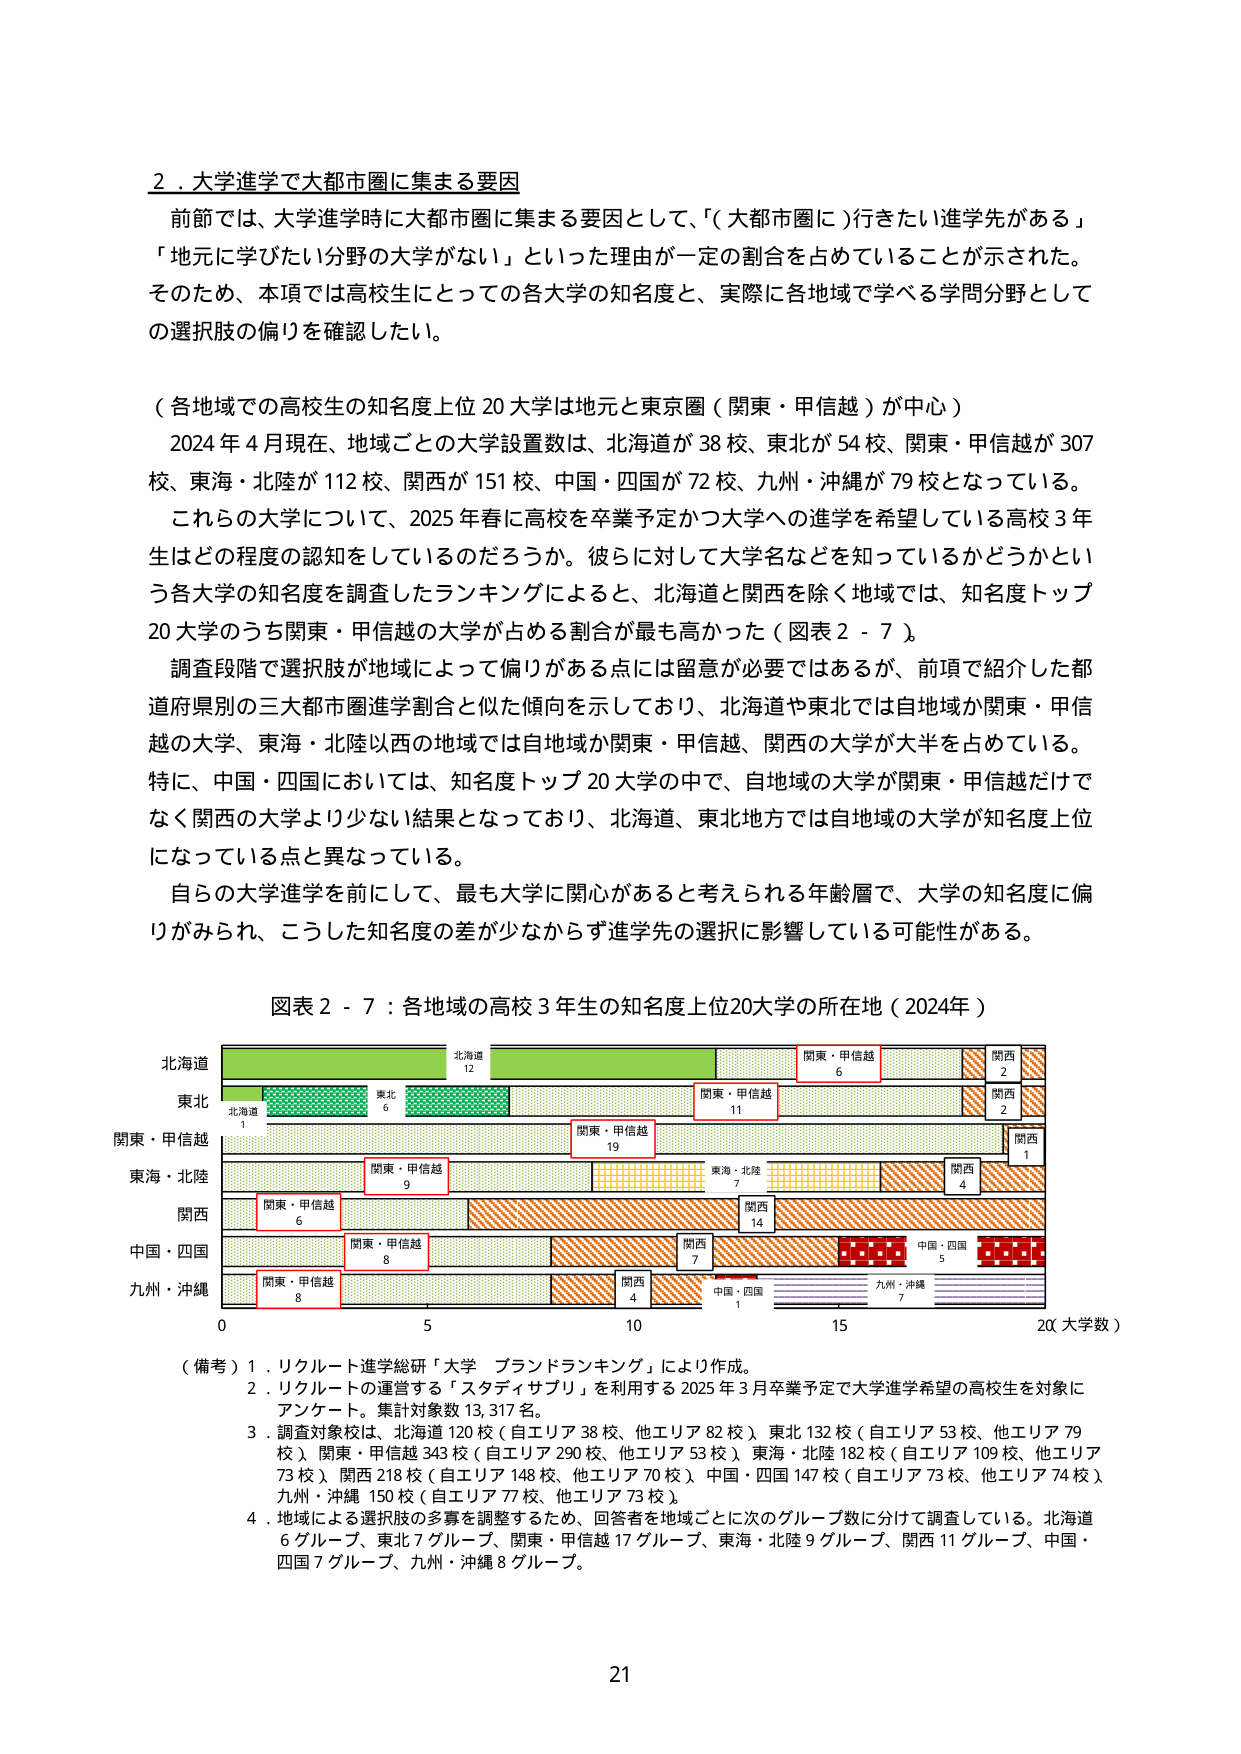
2．大学進学で大都市圏に集まる要因
前節では、大学進学時に大都市圏に集まる要因として、「（大都市圏に）行きたい進学先がある」
「地元に学びたい分野の大学がない」といった理由が一定の割合を占めていることが示された。
そのため、本項では高校生にとっての各大学の知名度と、実際に各地域で学べる学問分野として
の選択肢の偏りを確認したい。

（各地域での高校生の知名度上位20大学は地元と東京圏（関東・甲信越）が中心）
2024年4月現在、地域ごとの大学設置数は、北海道が38校、東北が54校、関東・甲信越が307
校、東海・北陸が112校、関西が151校、中国・四国が72校、九州・沖縄が79校となっている。
これらの大学について、2025年春に高校を卒業予定かつ大学への進学を希望している高校3年
生はどの程度の認知をしているのだろうか。彼らに対して大学名などを知っているかどうかとい
う各大学の知名度を調査したランキングによると、北海道と関西を除く地域では、知名度トップ
20大学のうち関東・甲信越の大学が占める割合が最も高かった（図表2-7）。
調査段階で選択肢が地域によって偏りがある点には留意が必要ではあるが、前項で紹介した都
道府県別の三大都市圏進学割合と似た傾向を示しており、北海道や東北では自地域か関東・甲信
越の大学、東海・北陸以西の地域では自地域か関東・甲信越、関西の大学が大半を占めている。
特に、中国・四国においては、知名度トップ20大学の中で、自地域の大学が関東・甲信越だけで
なく関西の大学より少ない結果となっており、北海道、東北地方では自地域の大学が知名度上位
になっている点と異なっている。
自らの大学進学を前にして、最も大学に関心があると考えられる年齢層で、大学の知名度に偏
りがみられ、こうした知名度の差が少なからず進学先の選択に影響している可能性がある。

図表2-7：各地域の高校3年生の知名度上位20大学の所在地（2024年）

北海道
　　北海道 12
　　関東・甲信越 6
　　関西 2

東北
　　北海道 1
　　東北 6
　　関東・甲信越 11
　　関西 2

関東・甲信越
　　関東・甲信越 19
　　関西 1

東海・北陸
　　関東・甲信越 9
　　東海・北陸 7
　　関西 4

関西
　　関東・甲信越 6
　　関西 14

中国・四国
　　関東・甲信越 8
　　関西 7
　　中国・四国 5

九州・沖縄
　　関東・甲信越 8
　　関西 4
　　中国・四国 1
　　九州・沖縄 7

0　　　　　5　　　　　10　　　　　15　　　　　20（大学数）

（備考）1．リクルート進学総研「大学 ブランドランキング」により作成。
　　　2．リクルートの運営する「スタディサプリ」を利用する2025年3月卒業予定で大学進学希望の高校生を対象に
　　　　　アンケート。集計対象数13,317名。
　　　3．調査対象校は、北海道120校（自エリア38校、他エリア82校）、東北132校（自エリア53校、他エリア79
　　　　　校）、関東・甲信越343校（自エリア290校、他エリア53校）、東海・北陸182校（自エリア109校、他エリア
　　　　　73校）、関西218校（自エリア148校、他エリア70校）、中国・四国147校（自エリア73校、他エリア74校）、
　　　　　九州・沖縄150校（自エリア77校、他エリア73校）。
　　　4．地域による選択肢の多寡を調整するため、回答者を地域ごとに次のグループ数に分けて調査している。北海道
　　　　　6グループ、東北7グループ、関東・甲信越17グループ、東海・北陸9グループ、関西11グループ、中国・
　　　　　四国7グループ、九州・沖縄8グループ。

21